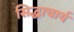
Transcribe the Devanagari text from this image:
सिद्धाचार्य